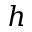
h